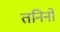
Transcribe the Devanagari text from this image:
तनिनो